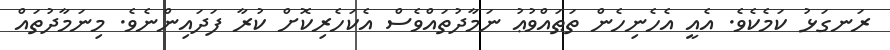
ރަނގަޅު ކަމެކެވެ. އެއީ އެހެނިހެން ތަޠައްވުޢު ނަމާދުތައްވެސް އެކަހެރިކޮށް ކުރާ ފަދައިންނެވެ. މިނަމާދުތައް